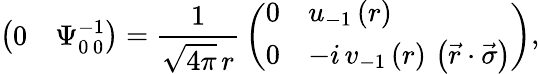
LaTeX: \left(\begin{array}{ll}{{0}}&{{\Psi_{0\, 0}^{-1}}}\end{array}\right)={\frac{1}{\sqrt{4\pi}\, r}}\left(\begin{array}{ll}{{0}}&{{u_{-1}\left(r\right)}}\\ {{0}}&{{-i\, v_{-1}\left(r\right)\, \left(\vec{r}\cdot\vec{\sigma}\right)}}\end{array}\right),